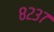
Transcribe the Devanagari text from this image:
८२३७